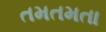
તમતમતા